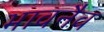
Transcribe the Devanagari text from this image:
भावनैव